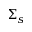
\Sigma _ { s }